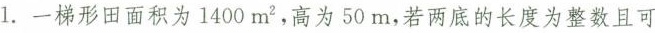
1.一梯形田面积为1400m^{2} ，高为50m，若两底的长度为整数且可